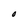
Character: O